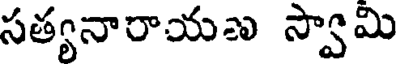
సత్యనారాయణ స్వామి